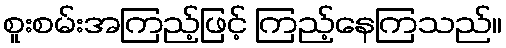
စူးစမ်းအကြည့်ဖြင့် ကြည့်နေကြသည်။